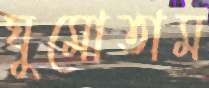
ঘুমোতাম